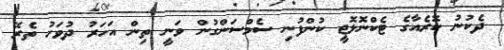
ދެކުނު ކޮރެއާގެ ޓެކްނޮލޮޖީ ކުންފުނި ސެމްސަންގުން ވަނީ ތިން އަހަރު ދުވަހު ތެރޭ